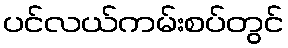
ပင်လယ်ကမ်းစပ်တွင်